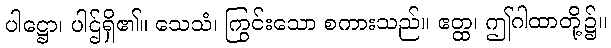
ပါဋ္ဌော၊ ပါဌ်ရှိ၏။ သေသံ၊ ကြွင်းသော စကားသည်။ ဧတ္ထ၊ ဤဂါထာတို့၌။